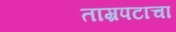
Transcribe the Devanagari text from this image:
ताम्रपटाचा